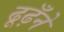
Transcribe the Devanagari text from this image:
ढूढ़ँने